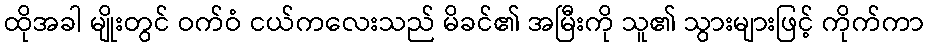
ထိုအခါ မျိုးတွင် ဝက်ဝံ ငယ်ကလေးသည် မိခင်၏ အမြီးကို သူ၏ သွားများဖြင့် ကိုက်ကာ